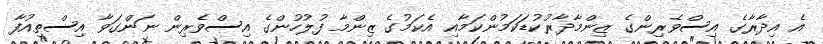
އެ އިދާރާގެ އިސްވެރިންގެ ޒިންމާދާރުކުޑަކަމުންކަމާއި އެކަމުގެ ޒިންމާ ފުލުހުންގެ އިސްވެރިން ނަންގަވާ އިސްތިއުފާ